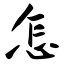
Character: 怎